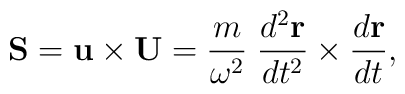
{\bf S}={\bf u}\times{\bf U}={m\over\omega^2}\;{d^2{\bf r}\over dt^2}\times {d{\bf r}\over dt},